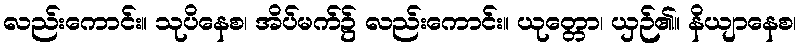
လည်းကောင်း။ သုပိနေစ၊ အိပ်မက်၌ လည်းကောင်း။ ယုတ္တော၊ ယှဉ်၏။ နိယျာနေစ၊